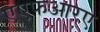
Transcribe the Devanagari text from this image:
एएफआरए